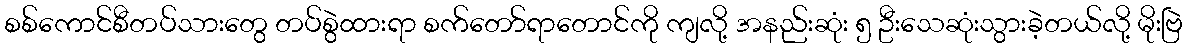
စစ်ကောင်စီတပ်သားတွေ တပ်စွဲထားရာ စက်တော်ရာတောင်ကို ကျလို့ အနည်းဆုံး ၅ ဦးသေဆုံးသွားခဲ့တယ်လို့ မိုးဗြဲ